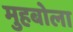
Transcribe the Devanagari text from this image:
मुहबोला